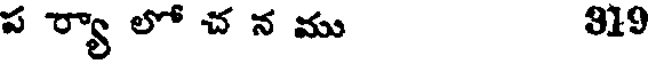
ప ర్యా లో చ న ము 319